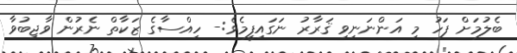
ބެލުމަށް ފަހު މި އަންނަނިވި ޤަރާރު ނަގައިފީމެވެ:- ހިއްސާގެ ޒަކާތް ނެރުން ވާޖިބުވާ